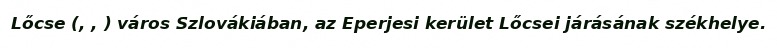
Lőcse (, , ) város Szlovákiában, az Eperjesi kerület Lőcsei járásának székhelye.